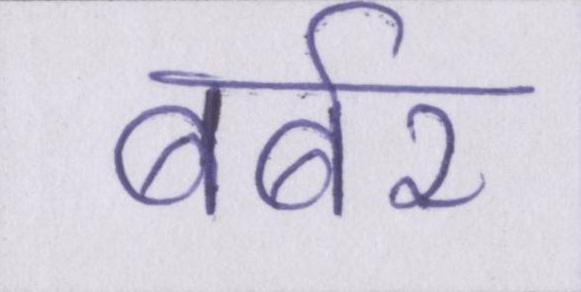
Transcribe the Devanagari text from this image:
बर्बर